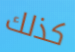
كذلك